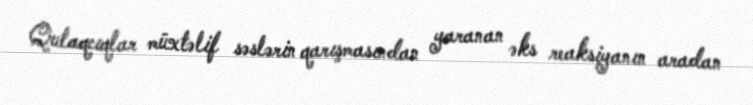
Qulaqcıqlar müxtəlif səslərin qarışmasından yaranan əks reaksiyanın aradan